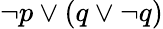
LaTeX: \neg p\lor(q\lor\neg q)